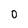
Character: 0